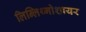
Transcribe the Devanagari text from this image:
लिन्लिथ्गोशायर